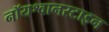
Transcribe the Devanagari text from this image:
नॉयश्वानस्टाइन